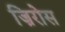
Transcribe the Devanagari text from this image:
ज़िरोस